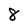
Character: 8